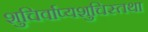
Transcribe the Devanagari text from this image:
शुचिर्वाप्यशुचिस्तथा